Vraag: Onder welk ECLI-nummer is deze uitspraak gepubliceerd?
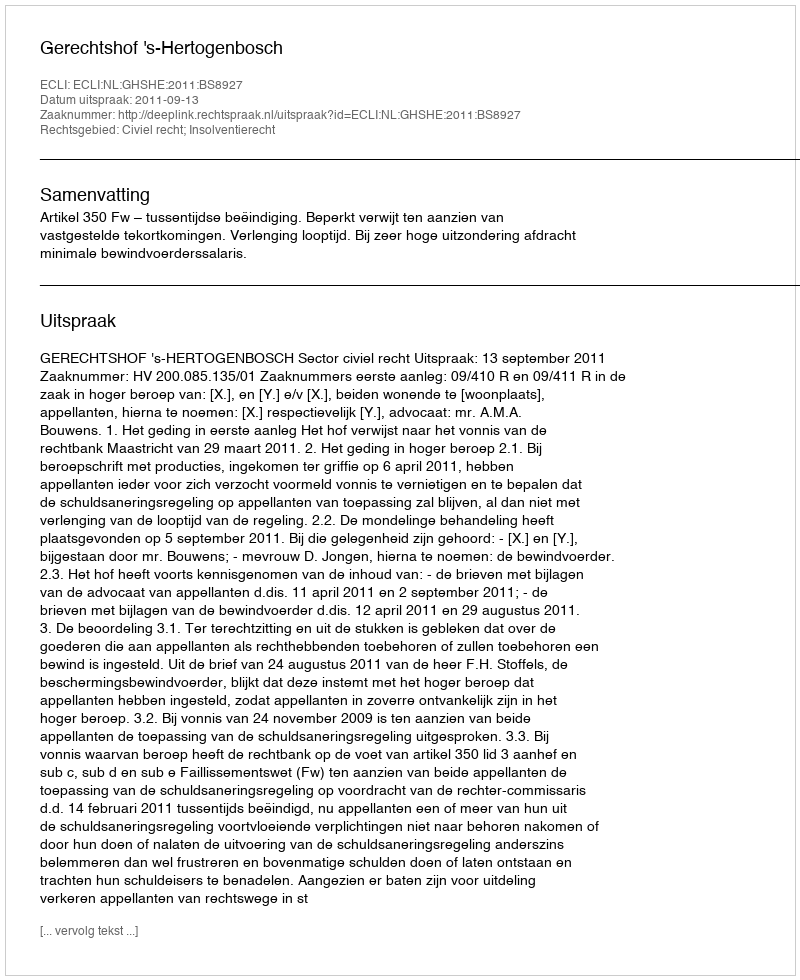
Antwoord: ECLI:NL:GHSHE:2011:BS8927